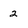
Character: 2